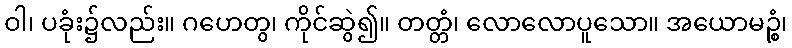
ဝါ၊ ပခုံး၌လည်း။ ဂဟေတွ၊ ကိုင်ဆွဲ၍။ တတ္တံ၊ လောလောပူသော။ အယောမဉ္စံ၊